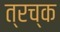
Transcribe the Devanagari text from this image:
त्रच्क